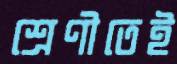
শ্রেণীতেই